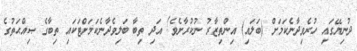
ދުނިޔޭގައި ހުރެވިދާނެކަމަށް (ބަލައި) އިންތިޒާރު ނުކުރާށެވެ! އަދި ތިބާ ބަލިވެދާނެކަމަށްޓަކައި ތިބާގެ ޞިއްޙަތުގެ